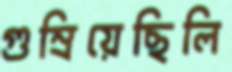
গুম্‌রিয়েছিলি